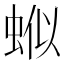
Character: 𬠊